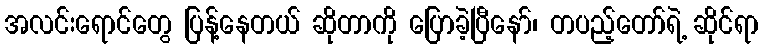
အလင်းရောင်တွေ ပြန့်နေတယ် ဆိုတာကို ပြောခဲ့ပြီနော်၊ တပည့်တော်ရဲ့ ဆိုင်ရာ